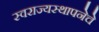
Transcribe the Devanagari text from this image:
स्वराज्यस्थापनेचे